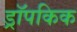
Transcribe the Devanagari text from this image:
ड्रॉपकिक